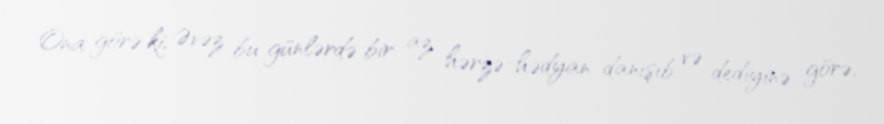
Ona görə ki, Əvəz bu günlərdə bir az hərzə-hədyan danışıb və dediyinə görə,